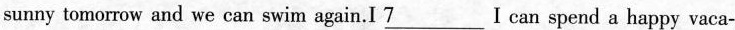
sunny tomorrow and we can swim again.I \underline{7}I can spend a happy vaca-